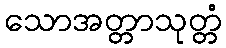
သောအတ္တာသုတ္တံ